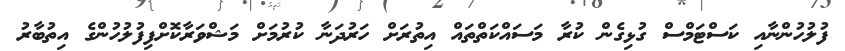
ފުލުހުންނާއި ކަސްޓަމްސް ގުޅިގެން ކުރާ މަސައްކަތްތައް އިތުރަށް ހަރުދަނާ ކުރުމަށް މަޝްވަރާކޮށްފިފުލުހުންގެ އިތުބާރު